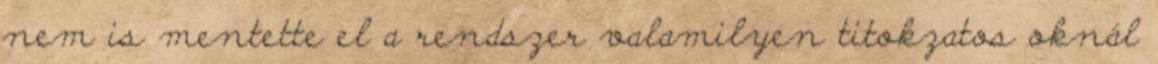
nem is mentette el a rendszer valamilyen titokzatos oknál